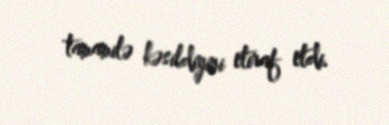
tamamilə kəsildiyini etiraf etdi.